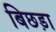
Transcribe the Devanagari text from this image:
बिछड़ा